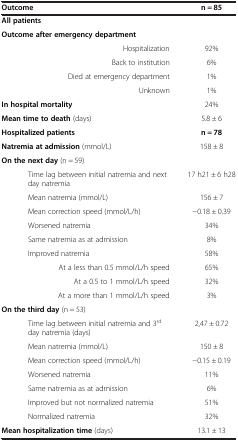
| Outcome | n = 85 |
 | --- | --- |
 | All patients |  |
 | Outcome after emergency department |  |
 | Hospitalization | 92% |
 | Back to institution | 6% |
 | Died at emergency department | 1% |
 | Unknown | 1% |
 | In hospital mortality | 24% |
 | Mean time to death (days) | 5.8 ± 6 |
 | Hospitalized patients | n = 78 |
 | Natremia at admission (mmol/L) | 158 ± 8 |
 | On the next day (n = 59) |  |
 | Time lag between initial natremia and next day natremia | 17 h21 ± 6 h28 |
 | Mean natremia (mmol/L) | 156 ± 7 |
 | Mean correction speed (mmol/L/h) | −0.18 ± 0.39 |
 | Worsened natremia | 34% |
 | Same natremia as at admission | 8% |
 | Improved natremia | 58% |
 | At a less than 0.5 mmol/L/h speed | 65% |
 | At a 0.5 to 1 mmol/L/h speed | 32% |
 | At a more than 1 mmol/L/h speed | 3% |
 | On the third day (n = 53) |  |
 | Time lag between initial natremia and 3rd day natremia (days) | 2,47 ± 0.72 |
 | Mean natremia (mmol/L) | 150 ± 8 |
 | Mean correction speed (mmol/L/h) | −0.15 ± 0.19 |
 | Worsened natremia | 11% |
 | Same natremia as at admission | 6% |
 | Improved but not normalized natremia | 51% |
 | Normalized natremia | 32% |
 | Mean hospitalization time (days) | 13.1 ± 13 |